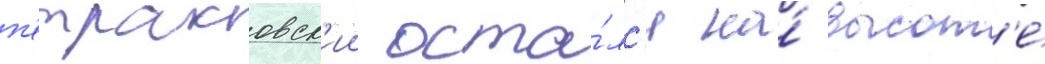
п'етраковск'ии оста́лс'я на́ высот'е́